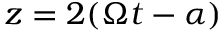
z = 2 ( \Omega t - \alpha )